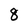
Character: 8